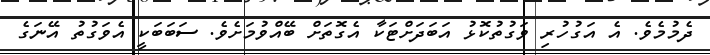
ދެމުމެވެ. އެ އަގުހުރި ވަގުތުކޮޅު އަބަދަށްޓަކާ އެގޮތަށް ބޭއްވުމަށެވެ. ސަބަބަކީ އެވަގުތު އޭނަގެ